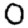
Digit: 0